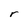
Character: r